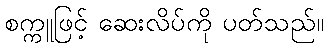
စက္ကူဖြင့် ဆေးလိပ်ကို ပတ်သည်။